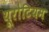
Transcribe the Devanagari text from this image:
यूरोटियम